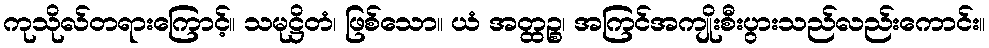
ကုသိုလ်တရားကြောင့်။ သမုဋ္ဌိတံ၊ ဖြစ်သော။ ယံ အတ္ထဉ္စ၊ အကြင်အကျိုးစီးပွားသည်လည်းကောင်း။